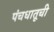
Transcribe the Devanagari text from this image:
पंचधातूची